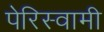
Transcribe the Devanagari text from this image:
पेरिस्वामी